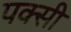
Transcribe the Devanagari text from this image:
पक्सी